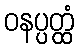
ဝနပ္ပတ္ထံ